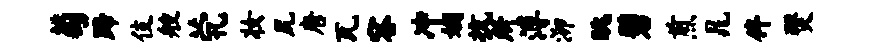
萄蹄伎艘茕妆尻唐瓦容冲姻抗所溥泖眺碧煎晁侔燹